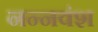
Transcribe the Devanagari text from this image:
नन्नवंश